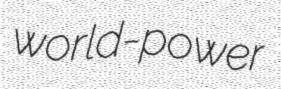
world-power